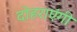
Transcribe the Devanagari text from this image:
दोहराएंगी